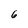
Character: 6